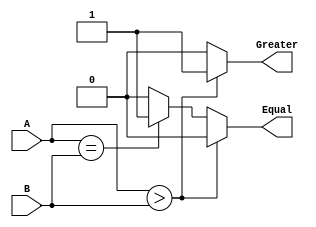
module FourBitCo(A, B, Greater, Equal);

    input [3:0] A;
    input [3:0] B;
    output Greater;
    output Equal;
    wire [3:0] A;
    wire [3:0] B;
    reg Greater;
    reg Equal;

    always @(A or B) begin
        Greater = 0;
        Equal = 0;
        if(A > B)
            Greater = 1;
        else if(A == B)
            Equal = 1;
    end

endmodule

module Q10(A, B, Greater, Equal);

    input [15:0] A;
    input [15:0] B;
    output Greater;
    output Equal;
    wire [15:0] A;
    wire [15:0] B;
    wire Greater;
    wire Equal;
    wire G0, G1, G2, G3;
    wire E0, E1, E2, E3;
    FourBitCo f0 (A[3:0], B[3:0], G0, E0);
    FourBitCo f1 (A[7:4], B[7:4], G1, E1);
    FourBitCo f2 (A[11:8], B[11:8], G2, E2);
    FourBitCo f3 (A[15:12], B[15:12], G3, E3);
    wire z0, z1, z2, z3;
    assign z0 = G3;
    and(z1, E3, G2);
    and(z2, E3, E2, G1);
    and(z3, E3, E2, E1, G0);
    or(Greater, z0, z1, z2, z3);
    and(Equal, E3, E2, E1, E0);

endmodule